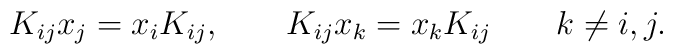
K_{ij} x_j = x_i K_{ij}, \qquad K_{ij} x_k = x_k K_{ij} \qquad k\ne i,j.